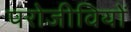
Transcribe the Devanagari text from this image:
परोजीवियों